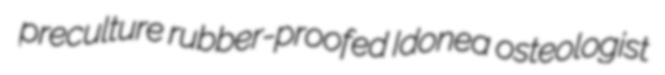
preculture rubber-proofed Idonea osteologist